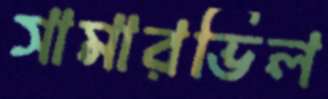
সামারভিল